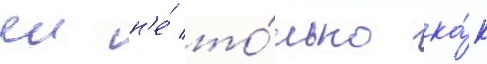
еи н'е́ то́лько ка́к